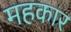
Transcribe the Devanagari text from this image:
महकार